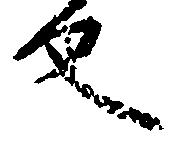
反